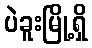
ပဲခူးမြို့ရှိ